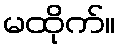
မထိုက်။